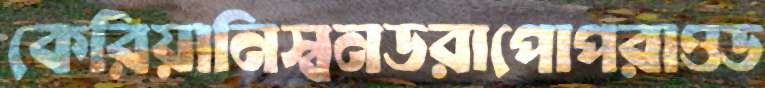
কেরিয়ানিস্বনডরাপোপরাওড